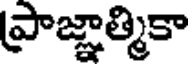
ప్రాజ్ఞాత్మికా